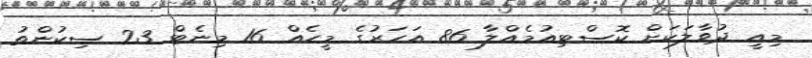
މިއީ ދުވާލަކަށް ކޮސްޓިއުމެއްލާ 86 އަހަރުގެ މީހެއް 16 މިނެޓް 23 ސިކުންތު